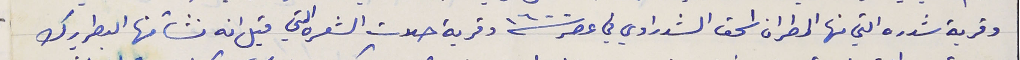
وقرية شدره التي منها المطران اسحق الشدراوي في عصر سنة ١٦٠٠ وقرية حلات الشعره التي قيل انه نشأ منها البطريرك